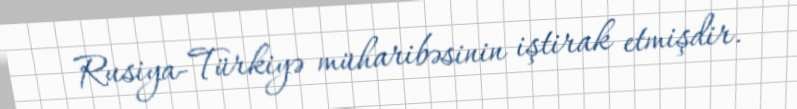
Rusiya-Türkiyə müharibəsinin iştirak etmişdir.